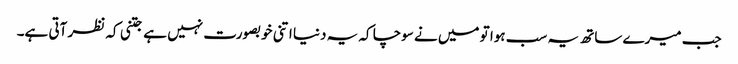
جب میرے ساتھ یہ سب ہوا تو میں نے سوچا کہ یہ دنیا اتنی خوبصورت نہیں ہے جتنی کہ نظر آتی ہے۔